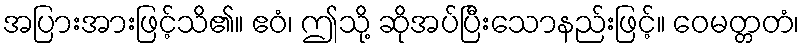
အပြားအားဖြင့်သိ၏။ ဧဝံ၊ ဤသို့ ဆိုအပ်ပြီးသောနည်းဖြင့်။ ဝေမတ္တတံ၊